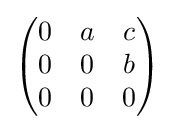
{\begin{pmatrix}0&a&c\\0&0&b\\0&0&0\end{pmatrix}}